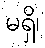
မရှိ၊